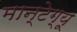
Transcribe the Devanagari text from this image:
मान्टेग्यू